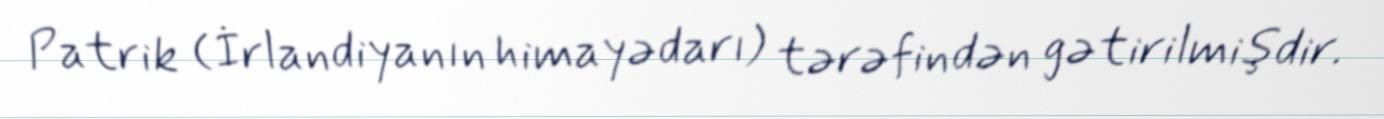
Patrik (İrlandiyanın himayədarı) tərəfindən gətirilmişdir.